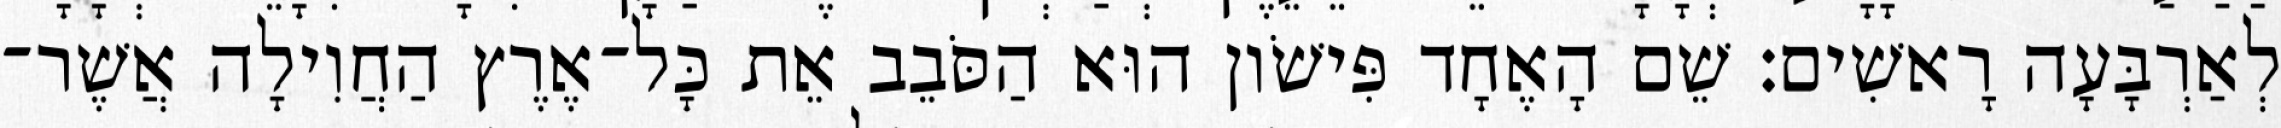
לְאַרְבָּעָה רָאשִׁים׃ שֵׁם הָאֶחָד פִּישֹׁון הוּא הַסֹּבֵב אֵת כָּל־אֶרֶץ הַחֲוִילָה אֲשֶׁר־